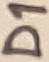
Text: D1